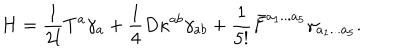
LaTeX: H = { \frac { 1 } { 2 l } } T ^ { a } \gamma _ { a } + { \frac { 1 } { 4 } } D \kappa ^ { a b } \gamma _ { a b } + { \frac { 1 } { 5 ! } } \bar { F } ^ { a _ { 1 } . . . a _ { 5 } } \gamma _ { a _ { 1 } . . . a _ { 5 } } .